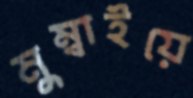
মুম্বাইয়ে